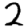
Digit: 2